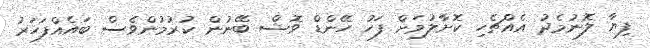
ފިޔާ ލޮނުމެދު އެއްޗެހި ކޮށާލުމަށް ފަހު ހޭންޑް ވޮޝް ބޭނުން ކުރުމުންވެސް ބައެއްފަހަރު